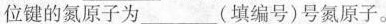
位键的氮原子为___(填编号)号氮原子。